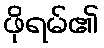
ဖိုရမ်၏